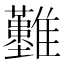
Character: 𩁣